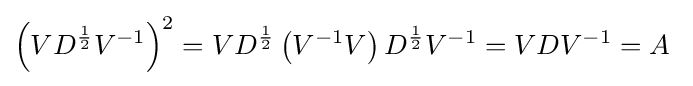
\left(VD^{\frac {1}{2}}V^{-1}\right)^{2}=VD^{\frac {1}{2}}\left(V^{-1}V\right)D^{\frac {1}{2}}V^{-1}=VDV^{-1}=A~